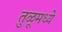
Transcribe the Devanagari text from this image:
तुळूमध्ये